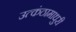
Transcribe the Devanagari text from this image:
उत्कंठामाधुरी